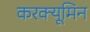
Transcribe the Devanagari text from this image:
करक्यूमिन